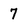
Character: 7